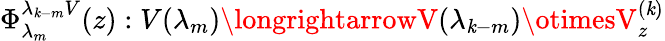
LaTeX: \Phi_{\lambda_{m}}^{\lambda_{\mathit{k}-m}V}(z):V(\lambda_{m})\longrightarrowV(\lambda_{\mathit{k}-m})\otimesV_{z}^{(\mathit{k})}